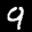
Label: 9